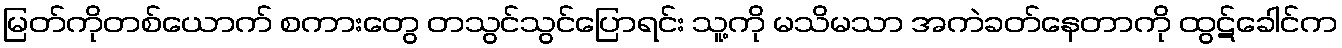
မြတ်ကိုတစ်ယောက် စကားတွေ တသွင်သွင်ပြောရင်း သူ့ကို မသိမသာ အကဲခတ်နေတာကို ထွဋ်ခေါင်က